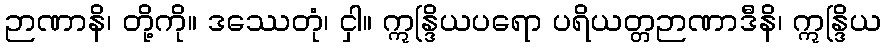
ဉာဏာနိ၊ တို့ကို။ ဒဿေတုံ၊ ငှါ။ ဣန္ဒြိယပရော ပရိယတ္တဉာဏာဒီနိ၊ ဣန္ဒြိယ